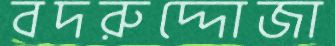
বদরুদ্দোজা